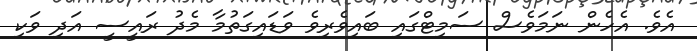
އެވެ. އެހެން ނަމަވެސް ސަމިޓްގައި ބައިވެރިވެ ވަޑައިގަތުމާ މެދު ރައީސީ އަދި ވަކި